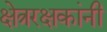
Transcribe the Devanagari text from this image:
क्षेत्ररक्षकांनी